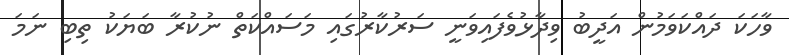
ވާހަކަ ދައްކަވަމުން އަދީބު ވިދާޅުވެފައިވަނީ ސަރުކާރުގައި މަސައްކަތް ނުކުރާ ބަޔަކު ތިބި ނަމަ